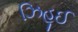
ઝિહૂઈ